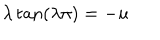
LaTeX: \lambda \tan ( \lambda \pi ) = - u